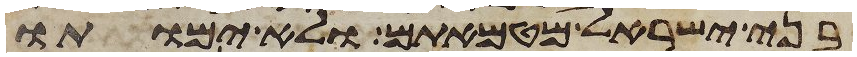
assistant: בני ישראל מטמאתם ולא ימותו